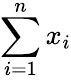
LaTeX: \sum_{i=1}^{n}x_{i}